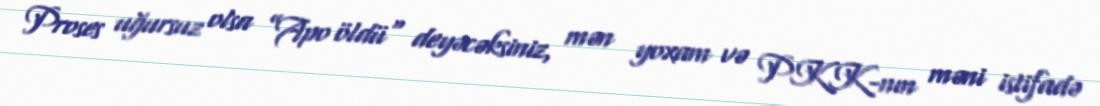
Proses uğursuz olsa ”Apo öldü" deyəcəksiniz, mən yoxam və PKK-nın məni istifadə